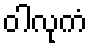
ဝါလုကံ